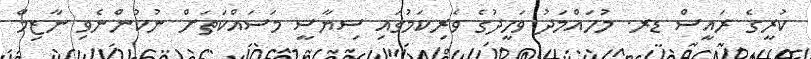
ކުރީގެ ރައީސް ޑރ. މުހައްމަދު ވަހީދުގެ ވެރިކަމުގައި ސިޔާސީ މަސައްކަތަށް ނުކުންނެވި ނާޒިމް